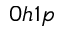
0 h 1 p